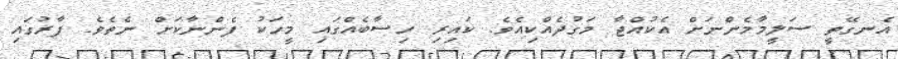
އެނގޭތީ ސަލީމާމެންނަށް އެކުއްޖާ މަގުދެއްކިއެވެ. ކައިރި ހިސާބެއްގައި މީހަކު ފެންނާކަށް ނެތެވެ. ފާރުގައި